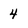
Character: 4